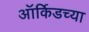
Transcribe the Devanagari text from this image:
ऑर्किडच्या